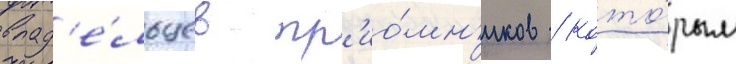
влад'е́льцев пр'ио́мн'иков / кото́рым